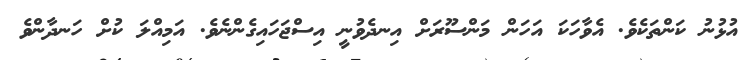
އުޅުނު ކަންތަކެވެ. އެވާހަކަ އަހަން މަންސޫރަށް އިނދެވުނީ އިސްޖަހައިގެންނެވެ. އަމިއްލަ ކުށް ހަނދާންވެ